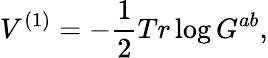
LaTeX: V^{(1)}=-\frac{1}{2}Tr\log G^{ab},